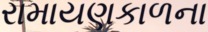
રામાયણકાળના